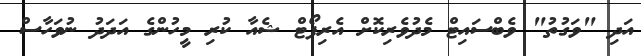
އަދި "ވަގުތު" ވެބްސައިޓް މެދުވެރިކޮށް އެރިޕޯޓް ޝެއާ ކުރި މީހުންގެ އަދަދު ނުވަހާސް